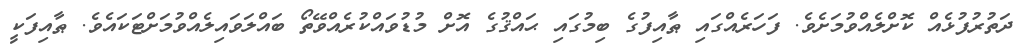
ދަތުރުފުޅެއް ކޮށްލެއްވުމަށެވެ. ފަހަރެއްގައި ޠާއިފުގެ ބިމުގައި ޙައްޤުގެ އޮށް މުޑުވައްކުރެއްވޭތޯ ބައްލަވައިލެއްވުމަށްޓަކައެވެ. ޠާއިފަކީ